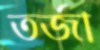
তর্জা